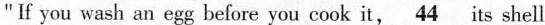
"If you wash an egg before you cook it,\underline{44} its shell